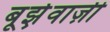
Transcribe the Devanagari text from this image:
बूर्झ़वाज़ी